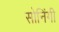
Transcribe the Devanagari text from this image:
सोनिंगी